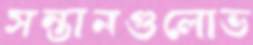
সন্তানগুলোভ